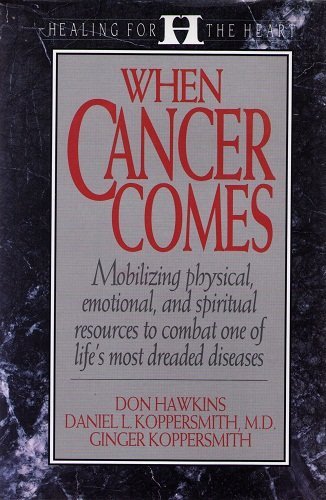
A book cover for When Cancer Comes (Healing for the Heart); Don Hawkins; Health, Fitness & Dieting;